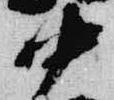
中